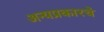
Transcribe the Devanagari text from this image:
अन्यप्रकारचे